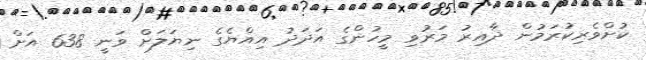
ކުށްވެރިކުރަމުން ދާއިރު މަރުވި މީހުންގެ އަދަދު އިއްޔެގެ ނިޔަލަށް ވަނީ 638 އަށް